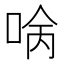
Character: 𠴠